Vaccination in Bombay 1889-1901 - 1889-1901
Year: 1889
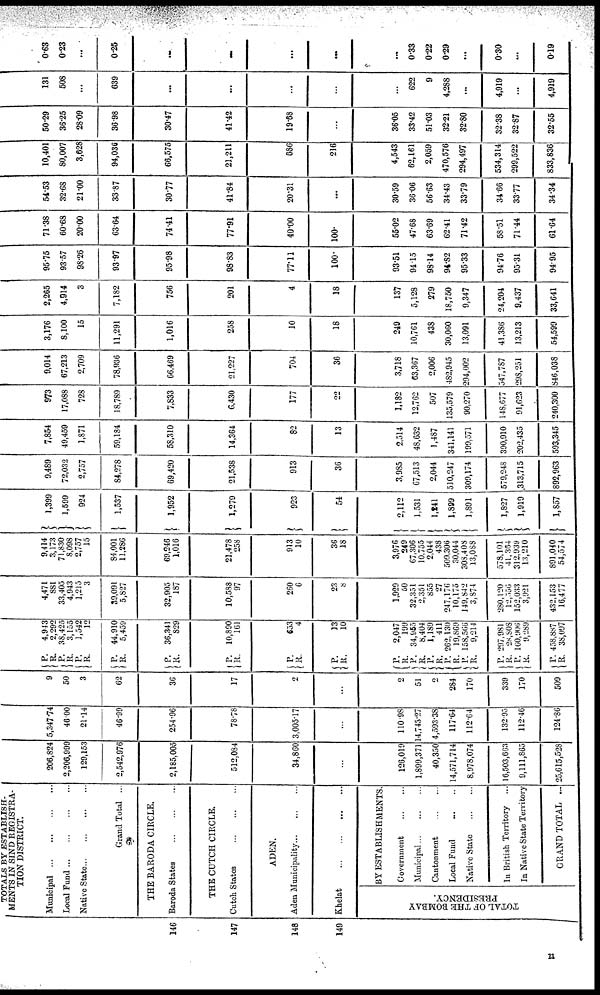
146
147
148
149
TOTALS BY ESTABLISH-
MENTS IN SIND REGISTRA-
TION DISTRICT.
Municipal ... ... ... ... ...
Local Fund
...
...
...
...
Native State
...
...
...
...
Grand Total ...
THE BARODA CIRCLE.
Baroda States
...
...
...
THE CUTCH CIRCLE.
Cutch States
...
...
...
ADEN.
Aden Municipality ... ... ...
Khelat
...
...
...
...
TOTAL OF THE BOMBAY
PRESIDENCY.
BY ESTABLISHMENTS.
Government
...
...
Municipal ... ... ...
Cantonment
...
...
Local Fund ... ...
Native State
...
...
In British Territory
...
In Native State Territory
GRAND TOTAL ...
206,824
2,206,999
129,153
2,542,976
2,185,005
512,084
34,860
...
126,019
1,899,371
40,350
14,571,714
8,978,074
16,503,663
9,111,865
25,615,528
5,3474
46.00
21.14
46.99
254.96
78.78
3,005.17
...
110.98
14,743.27
4,593.38
117.64
112.64
132.95
112.46
124.86
9
50
3
62
36
17
2
...
2
51
2
284
170
339
170
509
P.
R.
P.
R.
P.
R.
P.
R.
P.
R.
P.
R.
P.
R.
P.
R.
P.
R. P.
R.
P.
R.
P.
R.
P.
R.
P.
R.
P.
R.
P.
R.
4,943
2,292
38,425
3,155
1,542
12
44,910
5,459
36,341
829
10,890
161
653
4
13
10
2,047
199
34,955
8,404
1,189
411
262,130
19,869
158,566
9,214
297,981
28,808
160,906
9,289
458,887
38,097
4,471
881
33,405
4,943
1,215
3
39,091
5,827
32,905
187
10,588
97
260
6
23
8
1,929
50
32,351
2,351
855
27
247,176
10,175
149,842
3,874
280,120
12,556
152,033
3,921
432,153
16,477
9,414
3,173
71,830
8,098
2,757
15
84,001
11,286
69,246
1,016
21,478
258
913
10
36
18
3,976
249
67,306
10,755
2,044
438
509,306
30,044
308,408
13,088
578,101
41,384
312,939
13,210
891,040
54,574
1,399
1,599
924
1,537
1,952
1,279
923
54
2,112
1,531
1,241
1,899
1,891
1,827
1,919
1,857
9,489
72,032
2,757
84,278
69,420
21,538
913
36
3,985
67,513
2,044
510,247
309,174
579,248
313,715
892,963
7,854
49,459
1,871
59,184
58,310
14,364
82
13
2,514
48,632
1,487
341,141
199,571
390,910
202,435
593,345
973
17,088
728
18,789
7,833
6,430
177
22
1,182
12,762
507
135,579
90,270
148,677
91,623
240,300
9,014
67,213
2,709
78,936
66,469
21,227
704
36
3,718
63,367
2,006
482,945
294,002
547,787
298,251
846,038
3,176
8,100
15
11,291
1,016
258
10
18
249
10,761
438
30,060
13,091
41,386
13,213
54,599
2,265
4,914
3
7,182
756
201
4
18
137
5,128
279
18,750
9,347
24,204
9,437
33,641
95.75
93.57
98.26
93.97
95.98
98.83
77.11
100.
93.51
94.15
98.14
94.82
95.33
94.76
95.31
94.95
71.38
60.68
20.00
63.64
74.41
77.91
40.00
100.
55.02
47.68
63.69
62.41
71.42
58.51
71.44
61.64
54.53
32.68
21.00
33.87
30.77
41.84
20.31
...
30.59
36.06
56.63
34.43
33.79
34.66
33.77
34.34
10,401
80,007
3,628
94,036
66,575
21,211
686
216
4,543
62,161
2,059
470,576
294,497
534,314
299,522
833,836
50.29
36.25
28.09
36.98
30.47
41.42
19.68
...
36.05
33.42
51.03
32.21
32.80
32.38
32.87
32.55
131
508
...
639
...
...
...
...
...
622
9
4,288
...
4,919
...
4,919
0.63
0.23
...
0.25
...
...
...
...
...
0.33
0.22
0.29
...
0.30
...
0.19
11